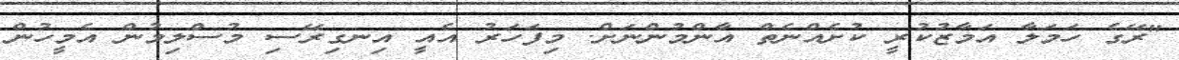
"ރޭގެ ހަމަލާ އަމާޒުކުރީ ކުށެއްނެތް އާންމުންނަށް. މިފަހަރު އެއީ އިނގިރޭސި މުސްލިމުން އެމީހުން